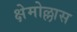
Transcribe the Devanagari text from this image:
क्षेमोल्लास